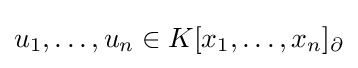
u_{1},\ldots ,u_{n}\in K[x_{1},\ldots ,x_{n}]_{\partial }